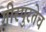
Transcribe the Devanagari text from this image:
गीरपुरतेच